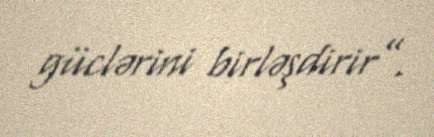
güclərini birləşdirir”.